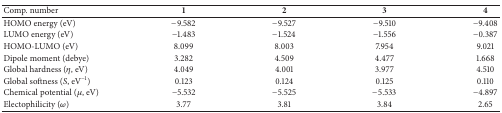
<table><thead><tr><td><b>Comp. number</b></td><td><b>1</b></td><td><b>2</b></td><td><b>3</b></td><td><b>4</b></td></tr></thead><tbody><tr><td>HOMO energy (eV)</td><td>−9.582</td><td>−9.527</td><td>−9.510</td><td>−9.408</td></tr><tr><td>LUMO energy (eV)</td><td>−1.483</td><td>−1.524</td><td>−1.556</td><td>−0.387</td></tr><tr><td>HOMO-LUMO (eV)</td><td>8.099</td><td>8.003</td><td>7.954</td><td>9.021</td></tr><tr><td>Dipole moment (debye)</td><td>3.282</td><td>4.509</td><td>4.477</td><td>1.668</td></tr><tr><td>Global hardness (<i>η</i>, eV)</td><td>4.049</td><td>4.001</td><td>3.977</td><td>4.510</td></tr><tr><td>Global softness (<i>S</i>, eV<sup>−1</sup>)</td><td>0.123</td><td>0.124</td><td>0.125</td><td>0.110</td></tr><tr><td>Chemical potential (<i>μ</i>, eV)</td><td>−5.532</td><td>−5.525</td><td>−5.533</td><td>−4.897</td></tr><tr><td>Electophilicity (<i>ω</i>)</td><td>3.77</td><td>3.81</td><td>3.84</td><td>2.65</td></tr></tbody></table>